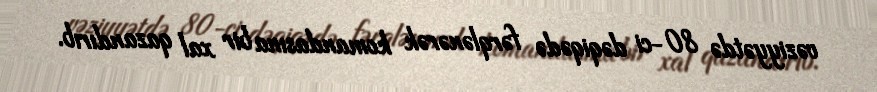
vəziyyətdə 80-ci dəqiqədə fərqlənərək komandasına bir xal qazandırıb.